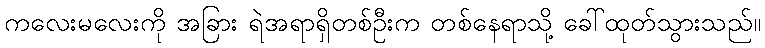
ကလေးမလေးကို အခြား ရဲအရာရှိတစ်ဦးက တစ်နေရာသို့ ခေါ်ထုတ်သွားသည်။